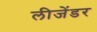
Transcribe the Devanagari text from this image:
लीजेंडर